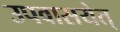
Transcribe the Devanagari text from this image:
उपवासयेत्